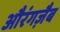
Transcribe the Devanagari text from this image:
औरंगज़ैब